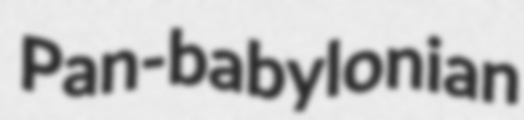
Pan-babylonian